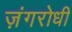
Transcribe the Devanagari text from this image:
ज़ंगरोधी